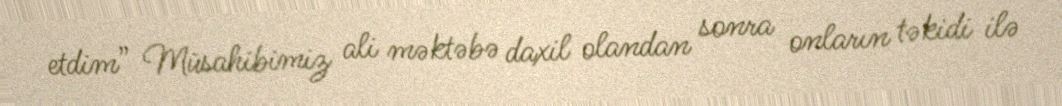
etdim” Müsahibimiz ali məktəbə daxil olandan sonra onların təkidi ilə